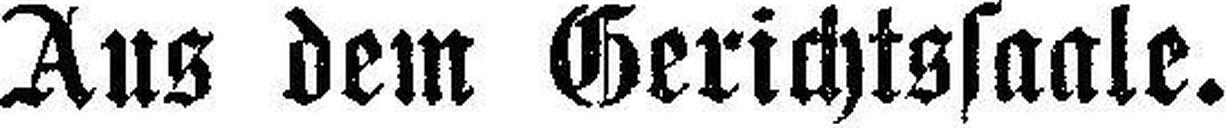
Aus dem Gerichtssaale.